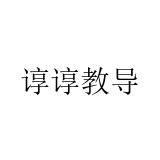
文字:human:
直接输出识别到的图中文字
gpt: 谆谆教导